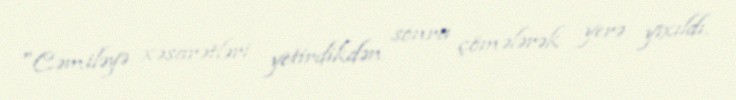
"Cəmiləyə xəsarətləri yetirdikdən sonra çömələrək yerə yıxıldı.